Punjab Mental Hospital Lahore 1922-31 - 1922-1931
Year: 1922
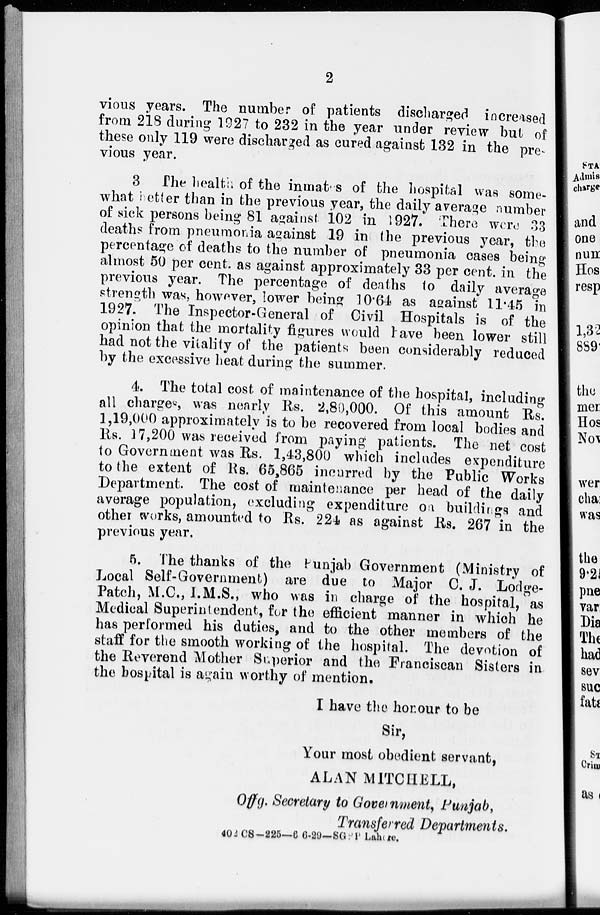
2
vious years. The number of patients discharged increased
from 218 during 1927 to 232 in the year under review but of
these only 119 were discharged as cured against 132 in the pre-
vious year.
3 The health of the inmates of the hospital was some-
what better than in the previous year, the daily average number
of sick persons being 81 against 102 in 1927. There were 33
deaths from pneumonia against 19 in the previous year, the
percentage of deaths to the number of pneumonia cases being
almost 50 per cent. as against approximately 33 per cent. in the
previous year. The percentage of deaths to daily average
strength was, however, lower being 10.64 as against 11.45 in
1927. The Inspector-General of Civil Hospitals is of the
opinion that the mortality figures would have been lower still
had not the vitality of the patients been considerably reduced
by the excessive heat during the summer.
4. The total cost of maintenance of the hospital, including
all charges, was nearly Rs. 2,80,000. Of this amount Rs.
1,19,000 approximately is to be recovered from local bodies and
Rs. 17,200 was received from paying patients. The net cost
to Government was Rs. 1,43,800 which includes expenditure
to the extent of Rs. 65,865 incurred by the Public Works
Department. The cost of maintenance per head of the daily
average population, excluding expenditure on buildings and
other works, amounted to Rs. 224 as against Rs. 267 in the
previous year.
5. The thanks of the Punjab Government (Ministry of
Local Self-Government) are due to Major C. J. Lodge-
Patch, M.C., I.M.S., who was in charge of the hospital, as
Medical Superintendent, for the efficient manner in which he
has performed his duties, and to the other members of the
staff for the smooth working of the hospital. The devotion of
the Reverend Mother Superior and the Franciscan Sisters in
the hospital is again worthy of mention.
I have the honour to be
Sir,
Your most obedient servant,
ALAN MITCHELL,
Offg. Secretary to Government, Punjab,
Transferred Departments.
402 CS-225—6-6-29-SGPP Lahore.